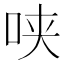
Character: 𰇕